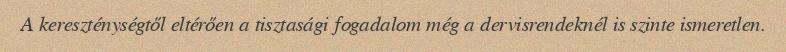
A kereszténységtől eltérően a tisztasági fogadalom még a dervisrendeknél is szinte ismeretlen.